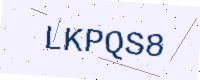
Text: LKPQS8